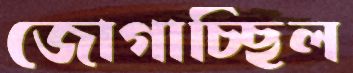
জোগাচ্ছিল